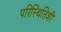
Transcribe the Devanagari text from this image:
परिस्थितिशी